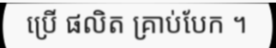
ប្រើ ផលិត គ្រាប់បែក ។